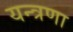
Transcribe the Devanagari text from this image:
यन्त्रणा